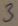
Text: 3